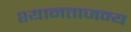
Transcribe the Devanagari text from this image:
श्यानताजन्य